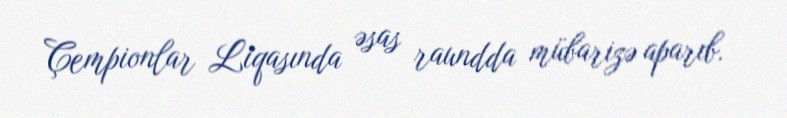
Çempionlar Liqasında əsas raundda mübarizə aparıb.